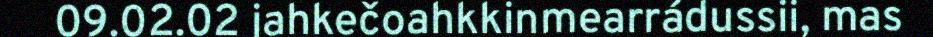
09.02.02 jahkečoahkkinmearrádussii, mas